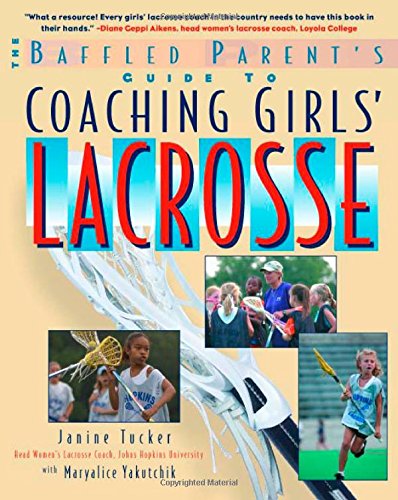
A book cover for Coaching Girls' Lacrosse: A Baffled Parent's Guide; Janine Tucker; Sports & Outdoors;